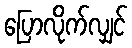
ပြောလိုက်လျှင်